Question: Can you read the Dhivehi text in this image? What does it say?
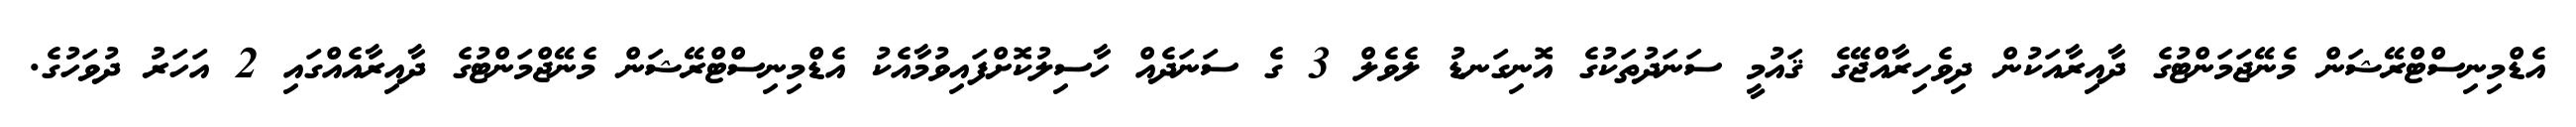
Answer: އެޑްމިނިސްޓްރޭޝަން މެނޭޖަމަންޓުގެ ދާއިރާއަކުން ދިވެހިރާއްޖޭގެ ޤައުމީ ސަނަދުތަކުގެ އޮނިގަނޑު ލެވެލް 3 ގެ ސަނަދެއް ހާސިލުކޮށްފައިވުމާއެކު އެޑްމިނިސްޓްރޭޝަން މެނޭޖްމަންޓުގެ ދާއިރާއެއްގައި 2 އަހަރު ދުވަހުގެ.